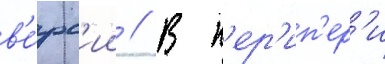
в'е́рс'ии // В п'ер'ип'ер'и